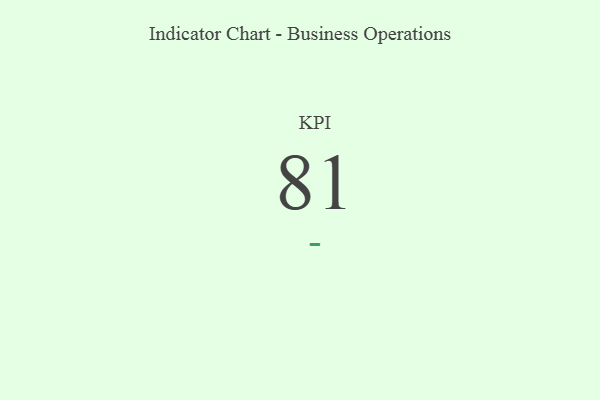
{"axis": {"x": "KPI", "y": "Value"}, "legend": [""], "data": [{"x": "KPI", "y": 81, "type": ""}]}